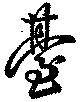
台